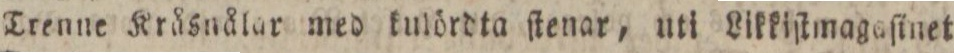
Trenne Kråsnålar med kulördta ſtenar, uti Likkiſtmagaſinet